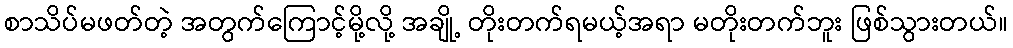
စာသိပ်မဖတ်တဲ့ အတွက်ကြောင့်မို့လို့ အချို့ တိုးတက်ရမယ့်အရာ မတိုးတက်ဘူး ဖြစ်သွားတယ်။